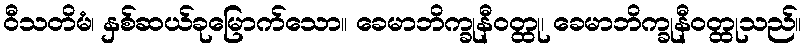
ဝီသတိမံ၊ နှစ်ဆယ်ခုမြောက်သော။ ခေမာဘိက္ခုနီဝတ္ထု၊ ခေမာဘိက္ခုနီဝတ္ထုသည်။